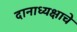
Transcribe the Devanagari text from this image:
दानाध्यक्षाचे